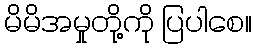
မိမိအမှုတို့ကို ပြပါစေ။